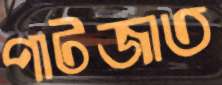
পাটজাত